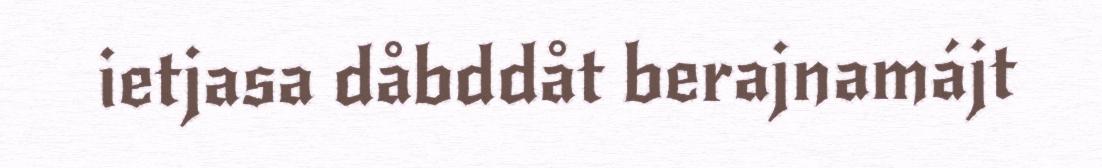
ietjasa dåbddåt berajnamájt